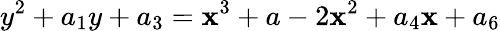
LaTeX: y^{2}+a_{1}y+a_{3}=\mathbf{x}^{3}+a-2\mathbf{x}^{2}+a_{4}\mathbf{x}+a_{6}